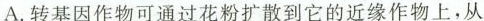
A. 转基因作物可通过花粉扩散到它的近缘作物上，从